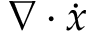
\nabla \cdot \dot { x }